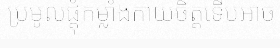
ប្រមូលផ្តុំកម្លាំងកាយចិត្តទើបអាច